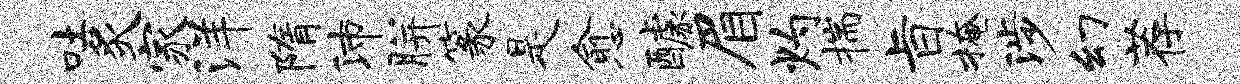
吐炙家洋隋沛胼篆是愈醵眉灼揣旨掩涉幻荐